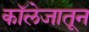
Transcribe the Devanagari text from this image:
काॅलेजातून